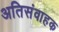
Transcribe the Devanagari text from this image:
अतिसंवाहक